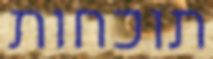
תוכחות